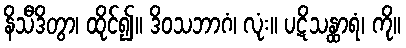
နိသီဒိတွာ၊ ထိုင်၍။ ဒိဝသဘာဂံ၊ လုံး။ ပဋိသန္ထာရံ၊ ကို။